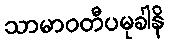
သာမာဝတီပမုခါနိ